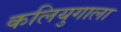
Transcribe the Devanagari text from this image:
कलियुगाला